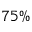
7 5 \%